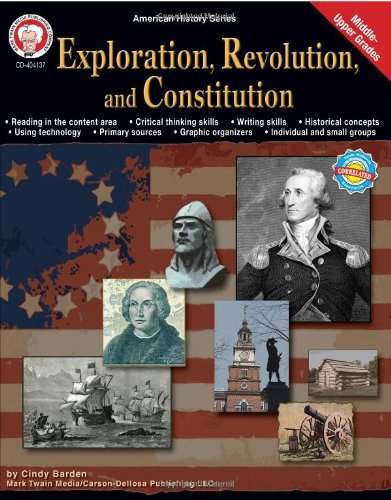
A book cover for Exploration, Revolution, and Constitution, Grades 6 - 12 (American History Series); Cindy Barden; Children's Books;